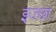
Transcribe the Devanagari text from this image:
इज्छा